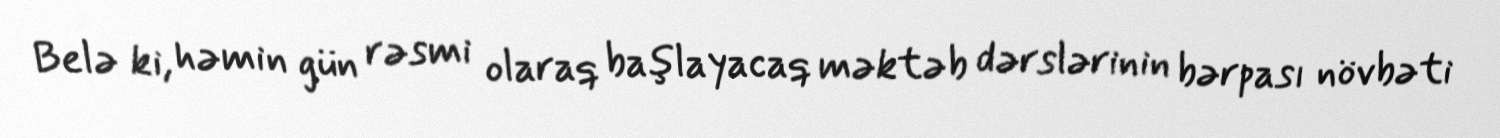
Belə ki, həmin gün rəsmi olaraq başlayacaq məktəb dərslərinin bərpası növbəti